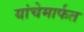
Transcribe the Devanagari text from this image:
यांचेमार्फत